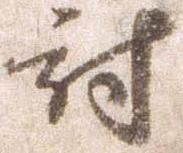
討